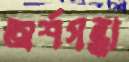
অর্শগন্ধা